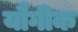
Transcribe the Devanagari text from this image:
यौगीक